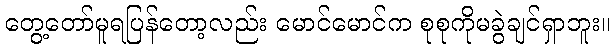
တွေ့တော်မူရပြန်တော့လည်း မောင်မောင်က စုစုကိုမခွဲချင်ရှာဘူး။